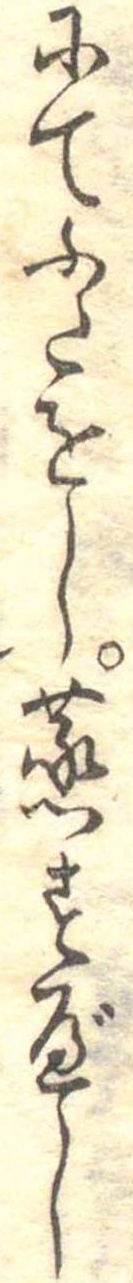
にてふたをし蒸すべし